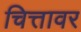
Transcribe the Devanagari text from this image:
चित्तावर